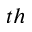
^ { t h }